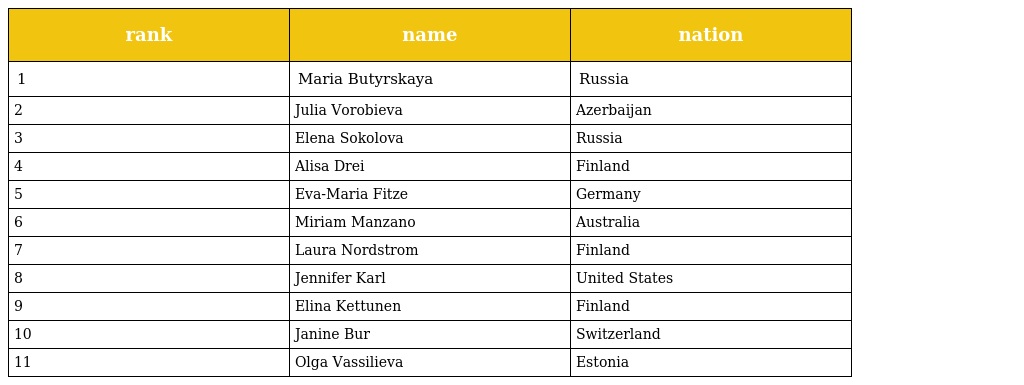
| rank | name | nation |
 | --- | --- | --- |
 | 1 | Maria Butyrskaya | Russia |
 | 2 | Julia Vorobieva | Azerbaijan |
 | 3 | Elena Sokolova | Russia |
 | 4 | Alisa Drei | Finland |
 | 5 | Eva-Maria Fitze | Germany |
 | 6 | Miriam Manzano | Australia |
 | 7 | Laura Nordstrom | Finland |
 | 8 | Jennifer Karl | United States |
 | 9 | Elina Kettunen | Finland |
 | 10 | Janine Bur | Switzerland |
 | 11 | Olga Vassilieva | Estonia |